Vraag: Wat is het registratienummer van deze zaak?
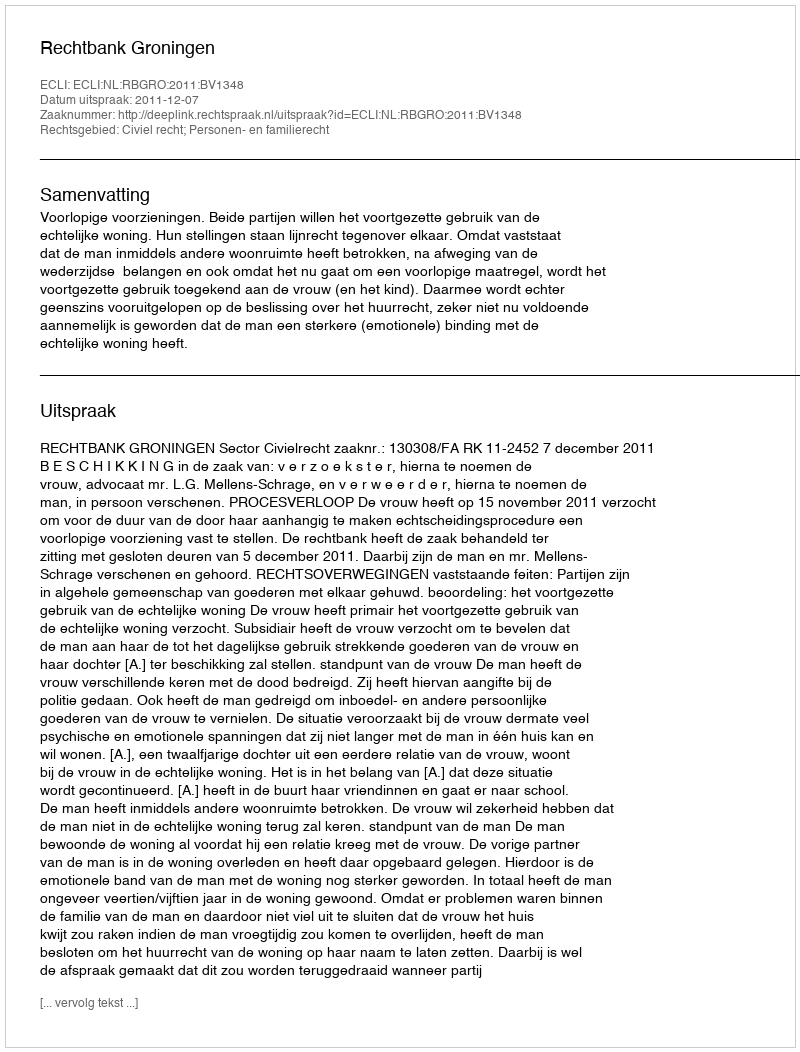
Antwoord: http://deeplink.rechtspraak.nl/uitspraak?id=ECLI:NL:RBGRO:2011:BV1348